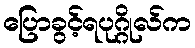
ပြောခွင့်ရပုဂ္ဂိုလ်က